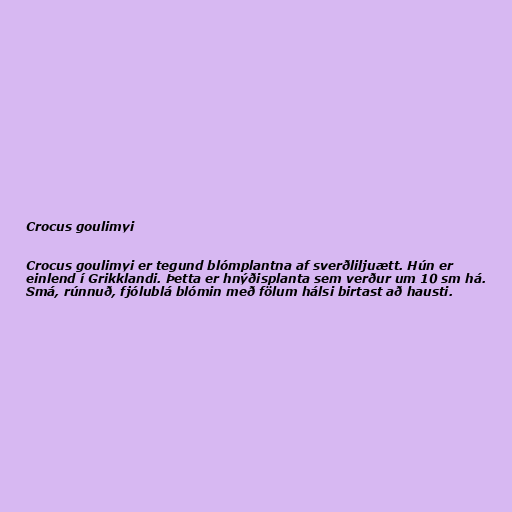
Crocus goulimyi

Crocus goulimyi er tegund blómplantna af sverðliljuætt. Hún er
einlend í Grikklandi. Þetta er hnýðisplanta sem verður um 10 sm há.
Smá, rúnnuð, fjólublá blómin með fölum hálsi birtast að hausti.